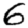
Digit: 6